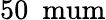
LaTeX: \mathrm{50\ \ mum}